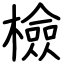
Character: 檢